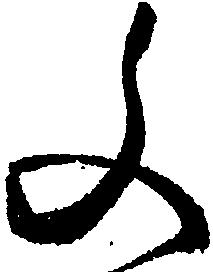
文